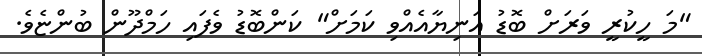
"މަ ހީކުރީ ވަރަށް ބޮޑު އަނިޔާއެއްވި ކަމަށް" ކަންބޮޑު ވެފައި ހަމްދޫން ބުންޏެވެ.